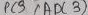
Text: ADC3